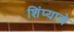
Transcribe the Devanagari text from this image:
शिंप्याचे